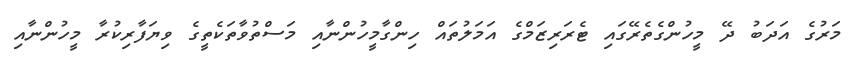
މަރުގެ އަދަބު ދޭ މީހުންގެތެރޭގައި ޓެރަރިޒަމްގެ އަމަލުތައް ހިންގާމީހުންނާއި މަސްތުވާތަކެތީގެ ވިޔަފާރިކުރާ މީހުންނާއި